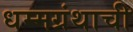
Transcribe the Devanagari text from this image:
धम्मग्रंथाची